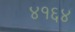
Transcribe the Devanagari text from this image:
४१६४